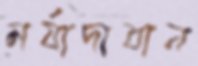
মর্যাদাবান